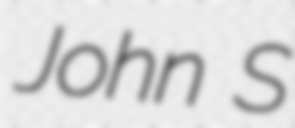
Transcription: John S